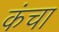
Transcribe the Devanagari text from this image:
कंचा